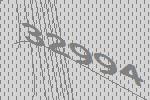
32994